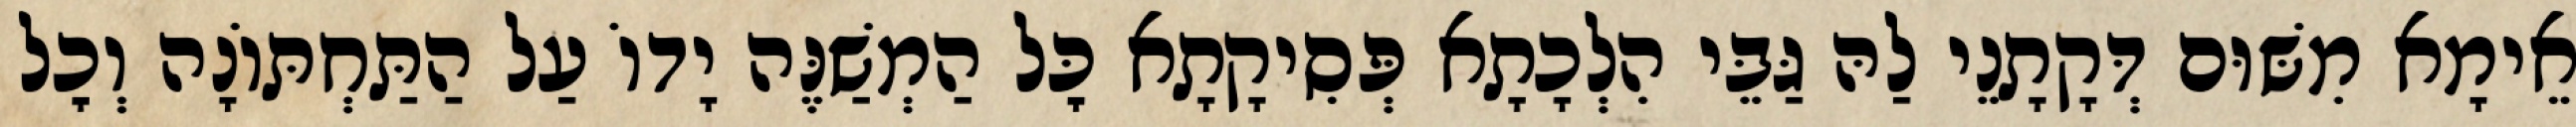
אֵימָא מִשּׁוּם דְּקָתָנֵי לַהּ גַּבֵּי הִלְכָתָא פְּסִיקָתָא כׇּל הַמְשַׁנֶּה יָדוֹ עַל הַתַּחְתּוֹנָה וְכׇל